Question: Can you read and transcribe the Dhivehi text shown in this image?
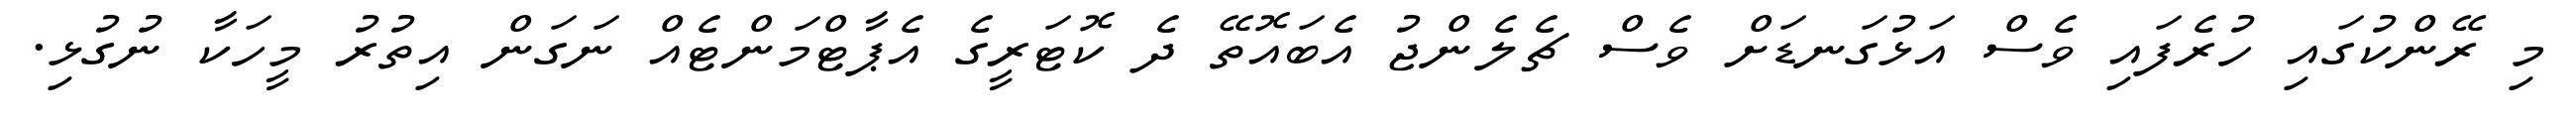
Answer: މި ރޭންކުގައި ހުރެފައި ވެސް އަޅުގަނޑަށް ވެސް ޗެލެންޖު އެބައޮތޭ ދެ ކޮޓަރީގެ އެޕާޓްމަންޓެއް ނަގަން އިތުރު މީހަކާ ނުގުޅި.